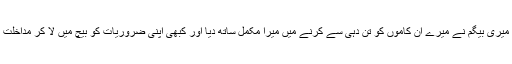
اس وقت میری بیگم نے میرے ان کاموں کو تن دہی سے کرنے میں میرا مکمل ساتھ دِیا اور کبھی اپنی ضروریات کو بیچ میں لا کر مداخلت نہیں کی۔